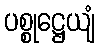
ပစ္စုဋ္ဌေယျံ